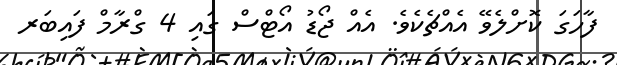
ފާހަގަ ކޮށްލެވޭ އެއްޗެކެވެ. އެއް ޖޯޑު އޯޓްސް ގައި 4 ގްރާމް ފައިބަރ